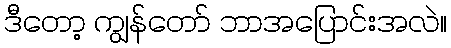
ဒီတော့ ကျွန်တော် ဘာအပြောင်းအလဲ။